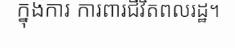
ក្នុងការ ការពារជីវិតពលរដ្ឋ។